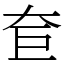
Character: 奆